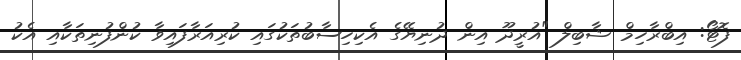
ފޮޓޯ: އިބްރާހިމް ޝާބިލް "އުރީދޫ އިން ދުނިޔޭގެ އެކިހިސާބުތަކުގައި ކުރިއަރާފައިވާ ކުންފުނިތަކާއި އެކު